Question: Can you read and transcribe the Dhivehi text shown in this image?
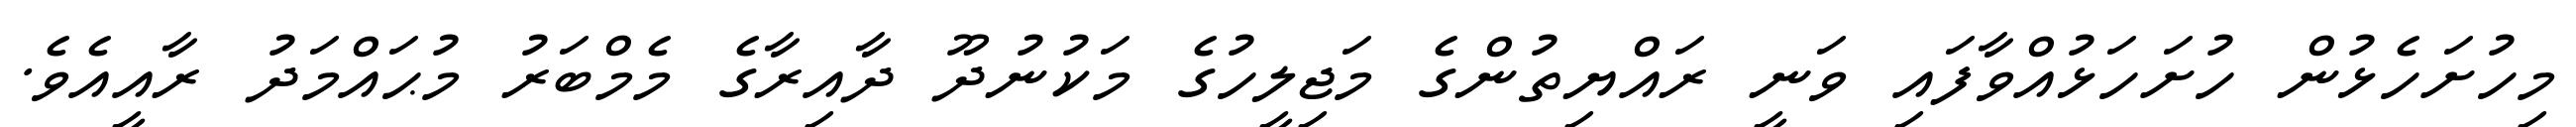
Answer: މިހުށަހެޅުން ހުށަހަޅުއްވާފައި ވަނީ ރައްޔިތުންގެ މަޖިލީހުގެ މަކުނުދޫ ދާއިރާގެ މެމްބަރު މުޙައްމަދު ރާއީއެވެ.